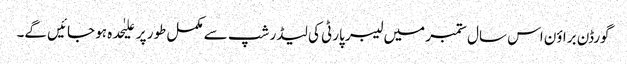
گورڈن براؤن اس سال ستمبر میں لیبر پارٹی کی لیڈر شپ سے مکمل طور پر علیٰحدہ ہو جائیں گے۔